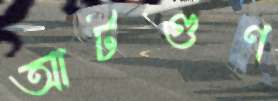
আটগুণ